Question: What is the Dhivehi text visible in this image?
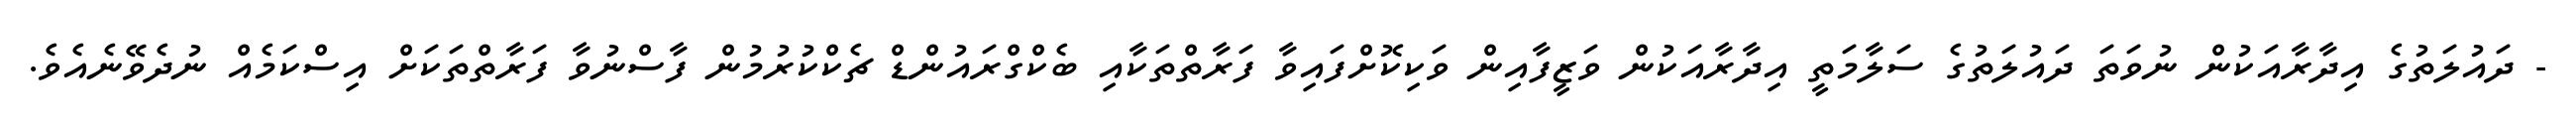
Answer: - ދައުލަތުގެ އިދާރާއަކުން ނުވަތަ ދައުލަތުގެ ސަލާމަތީ އިދާރާއަކުން ވަޒީފާއިން ވަކިކޮށްފައިވާ ފަރާތްތަކާއި ބެކްގްރައުންޑް ޗެކްކުރުމުން ފާސްނުވާ ފަރާތްތަކަށް އިސްކަމެއް ނުދެވޭނެއެވެ.